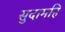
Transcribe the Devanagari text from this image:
सुदामहि